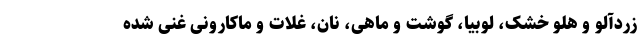
زردآلو و هلو خشک، لوبیا، گوشت و ماهی، نان، غلات و ماکارونی غنی ‌شده